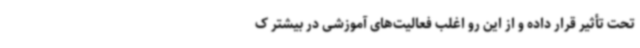
تحت تأثیر قرار داده و از این رو اغلب فعالیت‌های آموزشی در بیشتر ک